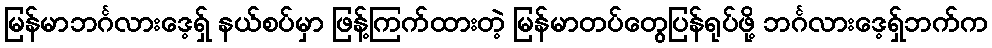
မြန်မာဘင်္ဂလားဒေ့ရှ် နယ်စပ်မှာ ဖြန့်ကြက်ထားတဲ့ မြန်မာတပ်တွေပြန်ရုပ်ဖို့ ဘင်္ဂလားဒေ့ရှ်ဘက်က